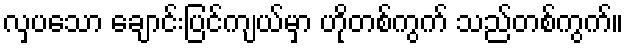
လှပသော ချောင်းပြင်ကျယ်မှာ ဟိုတစ်ကွက် သည်တစ်ကွက်။